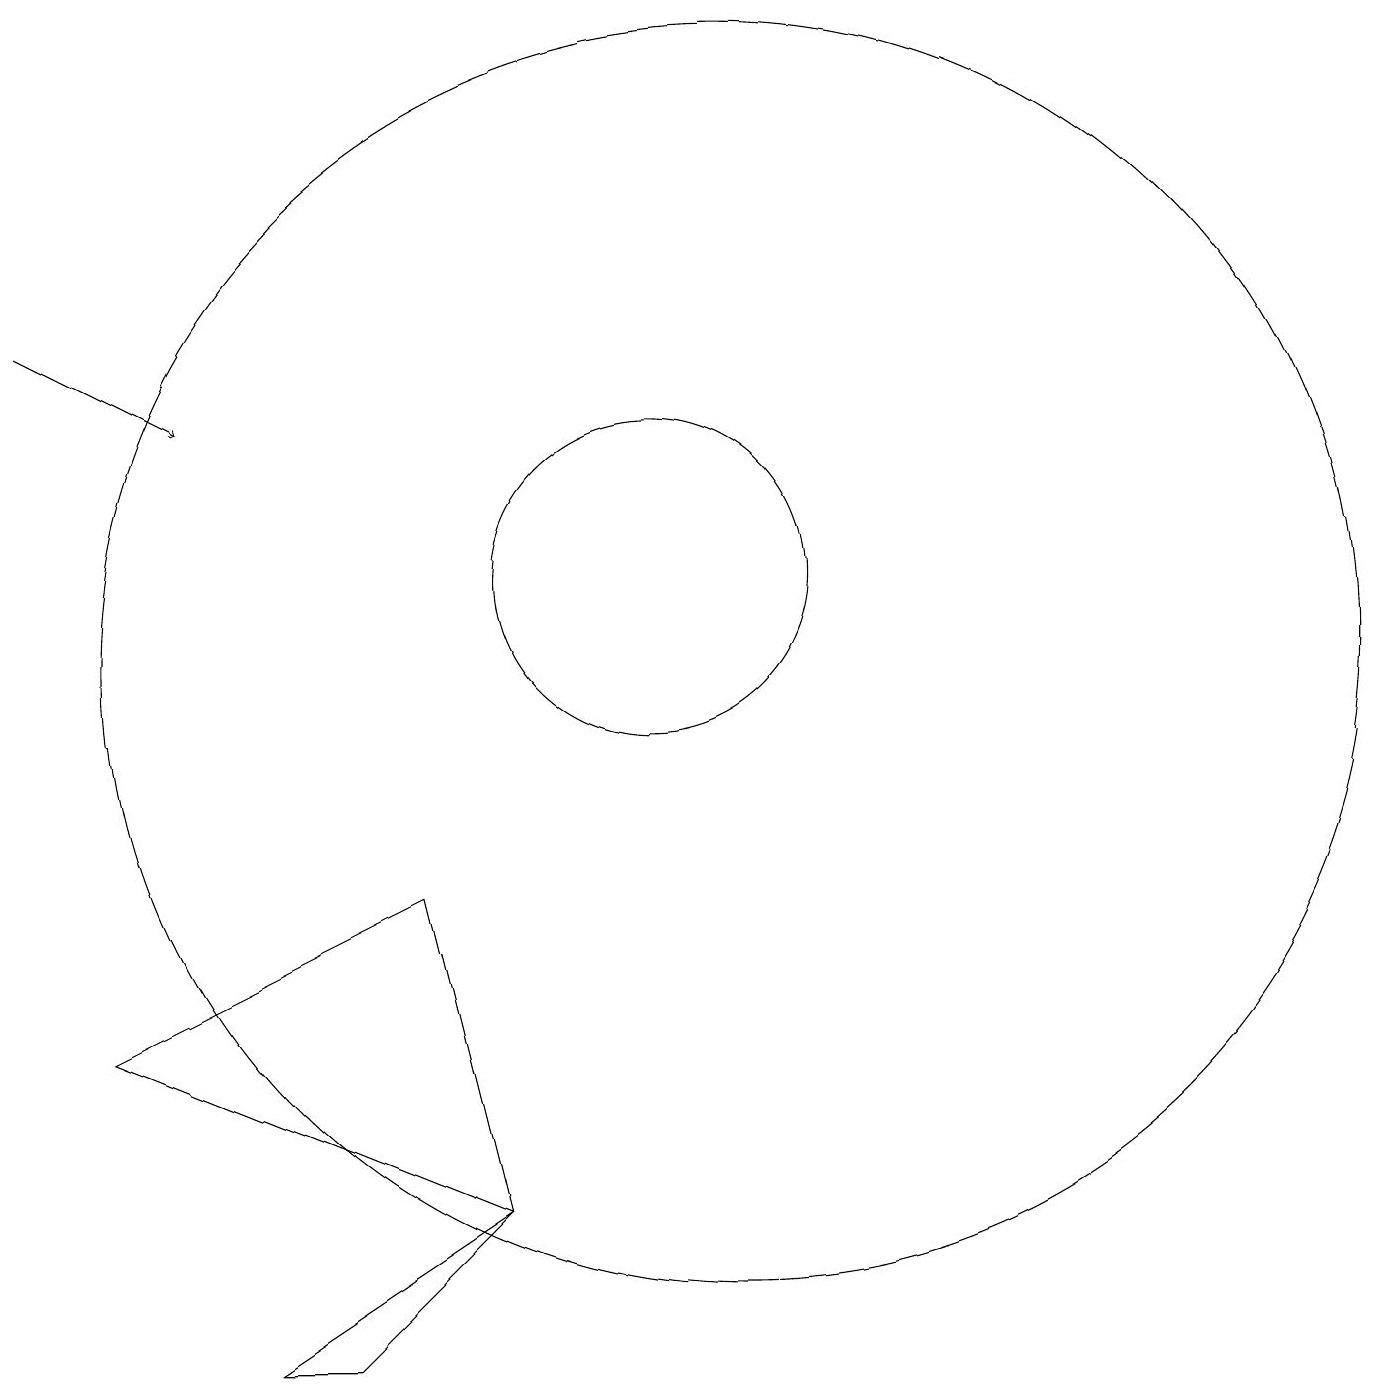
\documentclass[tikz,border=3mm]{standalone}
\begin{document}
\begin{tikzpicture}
\draw (11,10) circle (8);
\draw (10,11) circle (2);
\draw (8,3) -- (5,1) -- (6,1) -- cycle;
\draw (8,3) -- (3,5) -- (7,7) -- cycle;
\draw[->] (2,14) -- (4,13);
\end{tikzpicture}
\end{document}